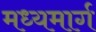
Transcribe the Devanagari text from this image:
मध्‍यमार्ग